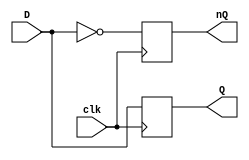
module posedge_d_flip_flop (
   output reg Q, nQ, input D, clk
);
    always @(posedge clk) begin
        Q<=D;
        nQ<=~D;
    end
endmodule